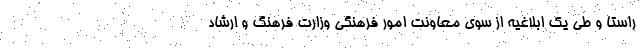
راستا و طی یک ابلاغیه از سوی معاونت امور فرهنگی وزارت فرهنگ و ارشاد